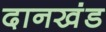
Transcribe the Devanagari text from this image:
दानखंड